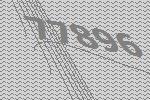
77896